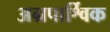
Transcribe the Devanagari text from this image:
अग्रपार्श्विक